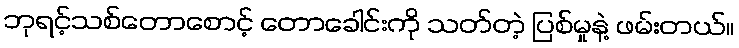
ဘုရင့်သစ်တောစောင့် တောခေါင်းကို သတ်တဲ့ ပြစ်မှုနဲ့ ဖမ်းတယ်။